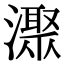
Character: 㵵